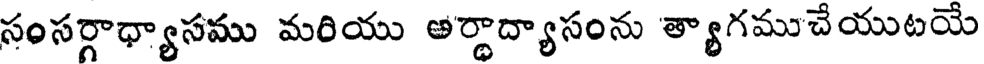
సంసర్గాధ్యాసము మరియు అర్థాద్యాసంను త్యాగముచేయుటయే